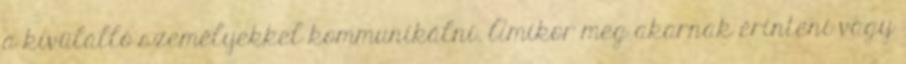
a kívülálló személyekkel kommunikálni. Amikor meg akarnak érinteni vagy